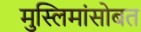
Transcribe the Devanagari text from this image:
मुस्लिमांसोबत